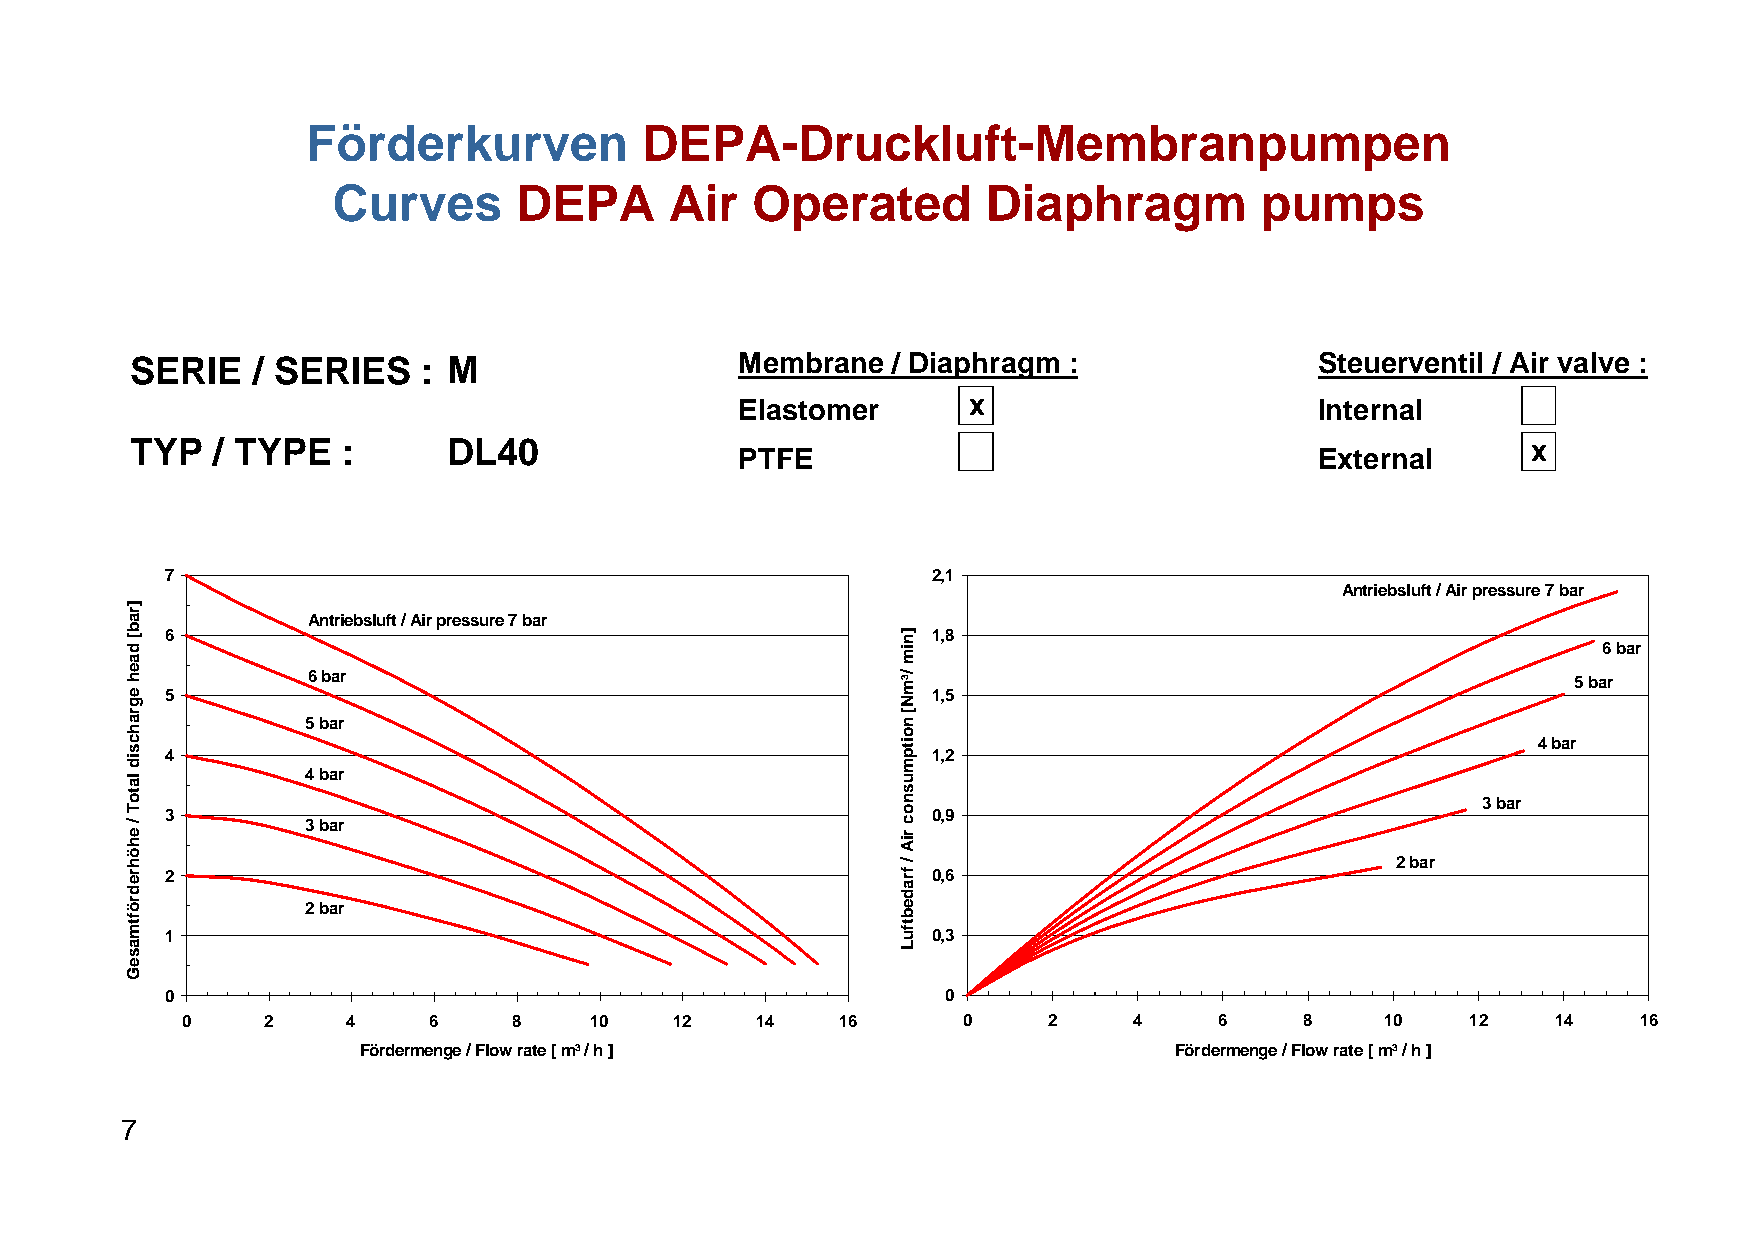
Förderkurven           DEPA-Druckluft-Membranpumpen
 Curves      DEPA      Air   Operated       Diaphragm         pumps
 SERIE   / SERIES   : M                  Membrane  / Diaphragm :               Steuerventil / Air valve :
 Elastomer      x                      Internal
 TYP  / TYPE   :      DL40                                                                   x
 PTFE                                  External
 7                                                  2,1
 Antriebsluft / Air pressure 7 bar
 Antriebsluft / Air pressure 7 bar
 6                                                  1,8
 6 bar
 6 bar                                                                               5 bar
 5                                                  1,5
 5 bar
 4 bar
 4                                                  1,2
 4 bar
 3 bar
 3                                                  0,9
 3 bar
 2 bar
 2                                                  0,6
 2 bar
 1                                                  0,3
 0                                                   0
 0     2    4    6     8    10    12   14    16      0    2     4     6    8     10   12    14    16
 Fördermenge / Flow rate [ m³ / h ]                    Fördermenge / Flow rate [ m³ / h ]
 7
 ]rab[
 daeh
 egrahcsid
 latoT
 /
 ehöhredröftmaseG
 ]nim
 /³mN[
 noitpmusnoc
 riA
 /
 fradebtfuL